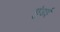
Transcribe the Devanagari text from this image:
गुंडई